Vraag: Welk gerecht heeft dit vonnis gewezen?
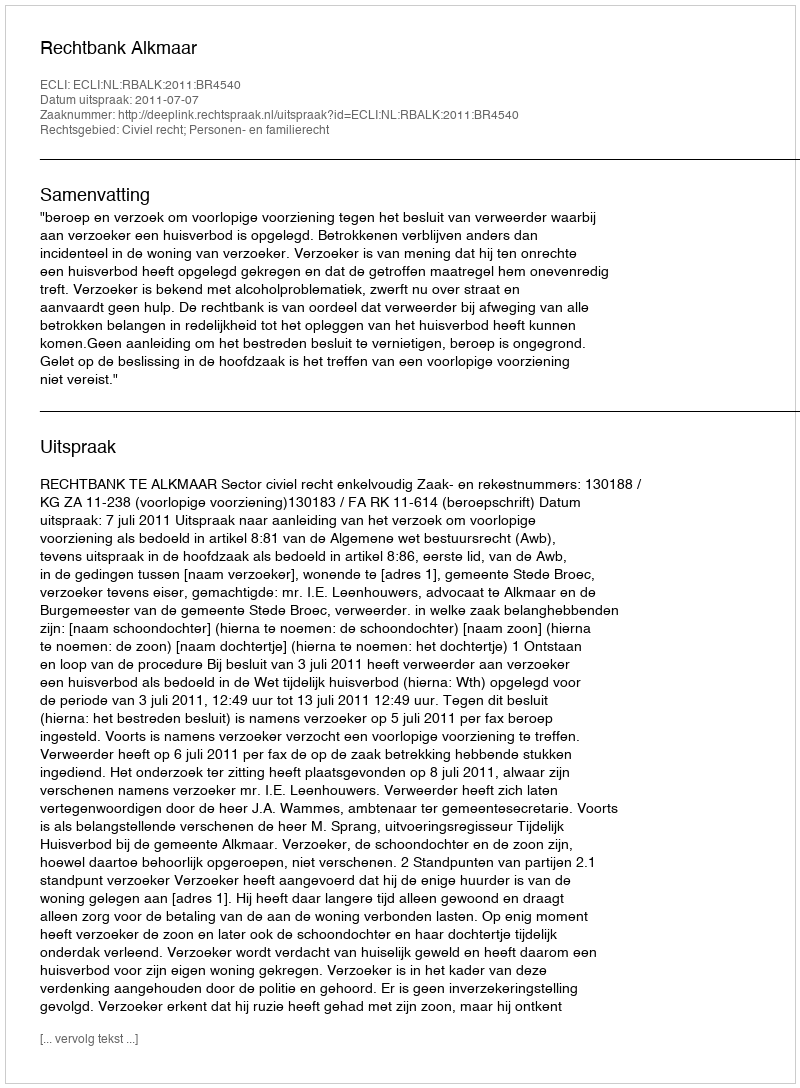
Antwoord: Rechtbank Alkmaar